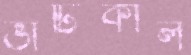
ভার্টিকাল